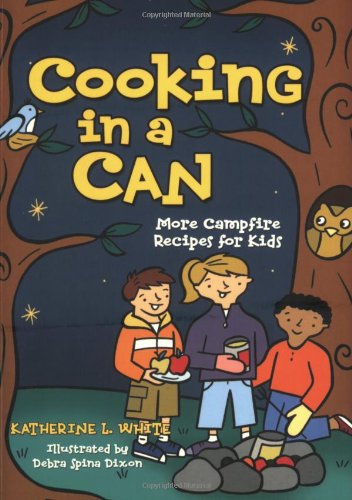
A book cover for Cooking in a Can: More Campfire Recipes for Kids (Activities for Kids); Kate White; Cookbooks, Food & Wine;